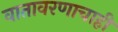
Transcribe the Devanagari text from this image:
वातावरणाचाही